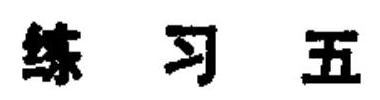
练习五